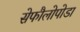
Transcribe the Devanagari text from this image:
सेफौलोपोडा